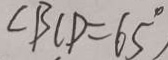
\angle B C D = 6 5 ^ { \circ } ,